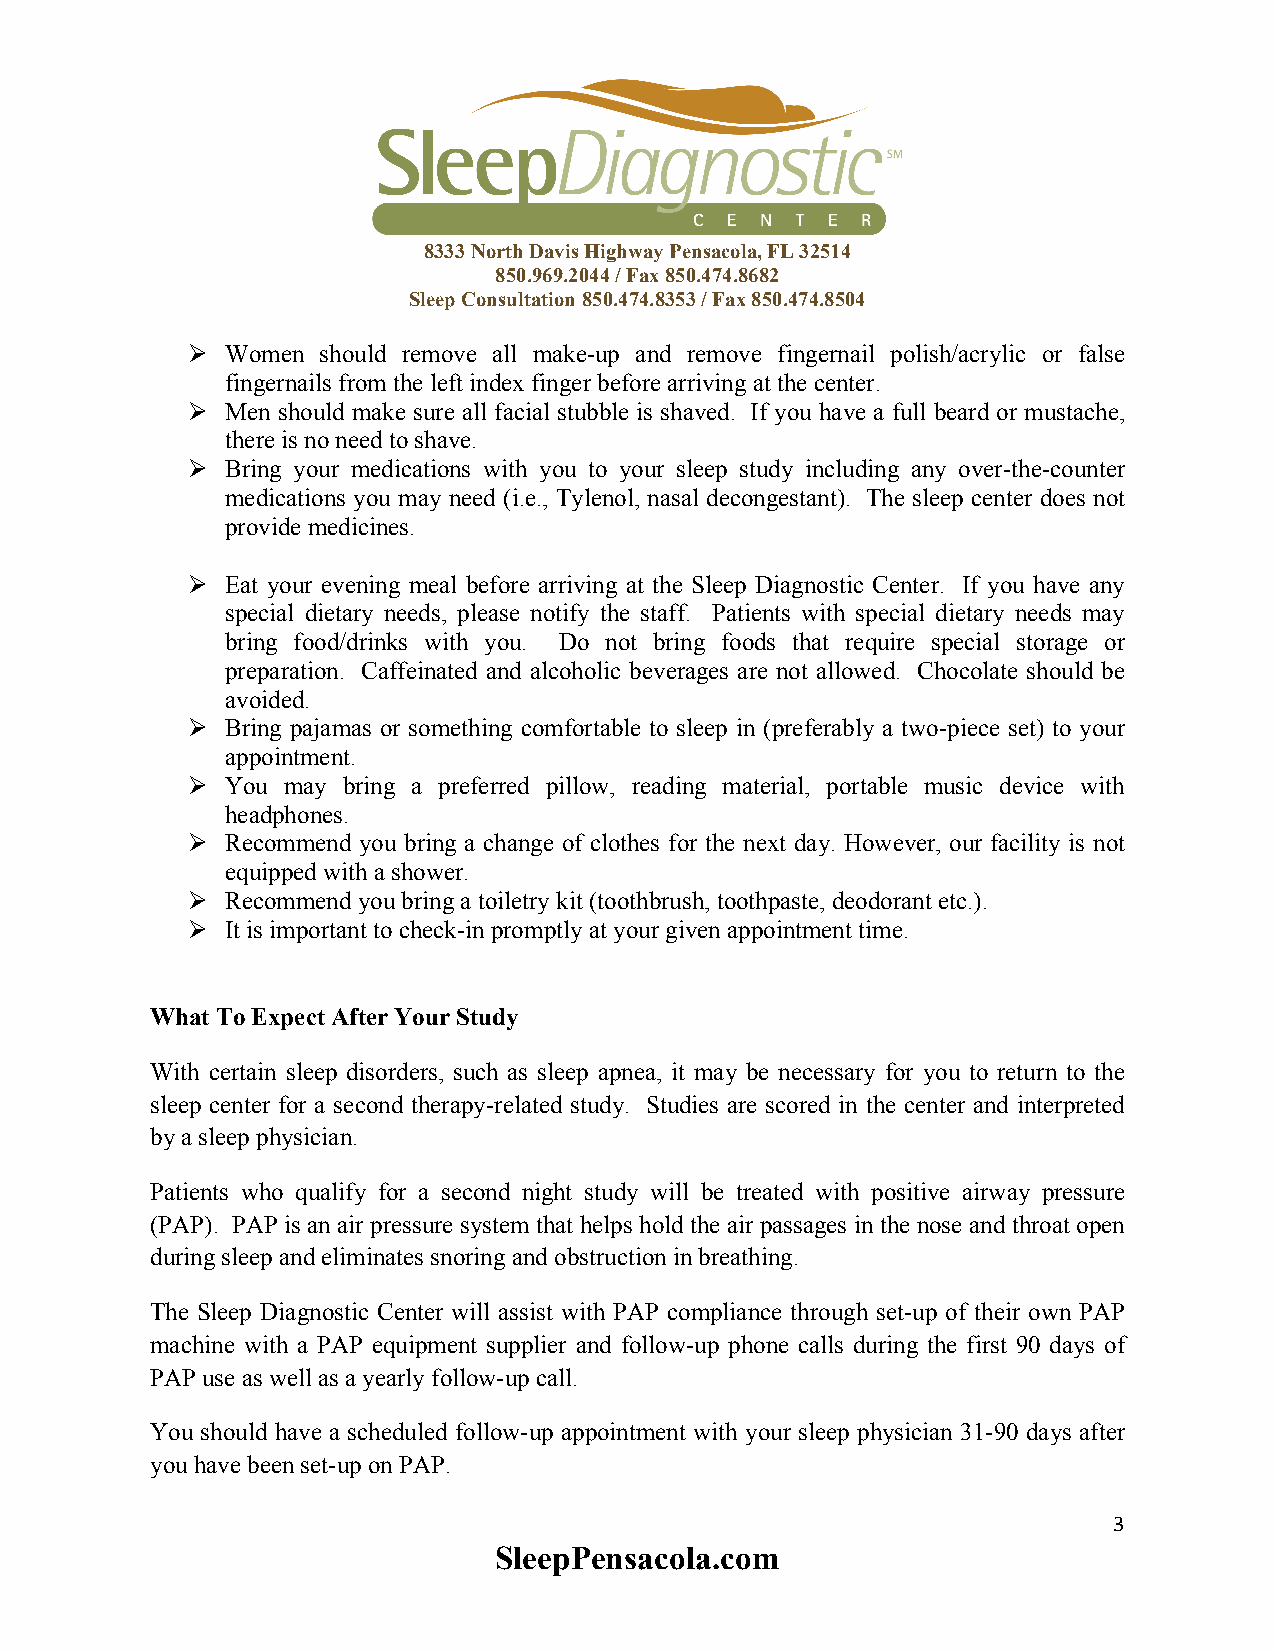
8333 North Davis Highway Pensacola, FL 32514
 850.969.2044 / Fax 850.474.8682
 Sleep Consultation 850.474.8353 / Fax 850.474.8504
 Ø Women should remove all make-up and remove fingernail polish/acrylic or false
 fingernails from the left index finger before arriving at the center.
 Ø Men should make sure all facial stubble is shaved. If you have a full beard or mustache,
 there is no need to shave.
 Ø Bring your medications with you to your sleep study including any over-the-counter
 medications you may need (i.e., Tylenol, nasal decongestant). The sleep center does not
 provide medicines.
 Ø Eat your evening meal before arriving at the Sleep Diagnostic Center. If you have any
 special dietary needs, please notify the staff. Patients with special dietary needs may
 bring food/drinks with you. Do not bring foods that require special storage or
 preparation. Caffeinated and alcoholic beverages are not allowed. Chocolate should be
 avoided.
 Ø Bring pajamas or something comfortable to sleep in (preferably a two-piece set) to your
 appointment.
 Ø You may bring a preferred pillow, reading material, portable music device with
 headphones.
 Ø Recommend you bring a change of clothes for the next day. However, our facility is not
 equipped with a shower.
 Ø Recommend you bring a toiletry kit (toothbrush, toothpaste, deodorant etc.).
 Ø It is important to check-in promptly at your given appointment time.
 What To Expect After Your Study
 With certain sleep disorders, such as sleep apnea, it may be necessary for you to return to the
 sleep center for a second therapy-related study. Studies are scored in the center and interpreted
 by a sleep physician.
 Patients who qualify for a second night study will be treated with positive airway pressure
 (PAP). PAP is an air pressure system that helps hold the air passages in the nose and throat open
 during sleep and eliminates snoring and obstruction in breathing.
 The Sleep Diagnostic Center will assist with PAP compliance through set-up of their own PAP
 machine with a PAP equipment supplier and follow-up phone calls during the first 90 days of
 PAP use as well as a yearly follow-up call.
 You should have a scheduled follow-up appointment with your sleep physician 31-90 days after
 you have been set-up on PAP.
 3
 SleepPensacola.com